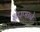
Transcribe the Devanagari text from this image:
क्षेपणाने